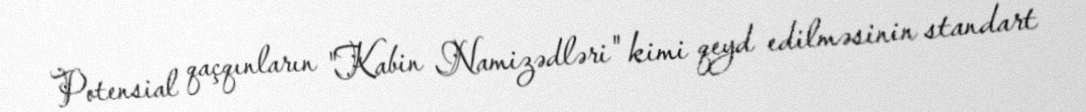
Potensial qaçqınların "Kabin Namizədləri" kimi qeyd edilməsinin standart